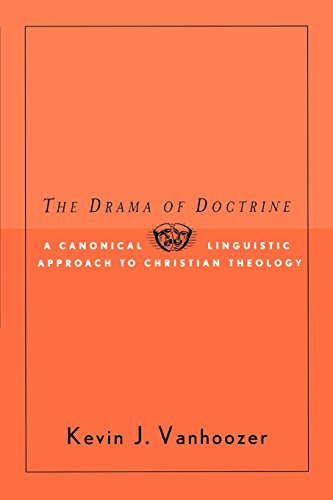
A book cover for The Drama of Doctrine: A Canonical Linguistic Approach to Christian Doctrine; Kevin J. Vanhoozer; Christian Books & Bibles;